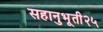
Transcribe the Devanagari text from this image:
सहानुभूती२५